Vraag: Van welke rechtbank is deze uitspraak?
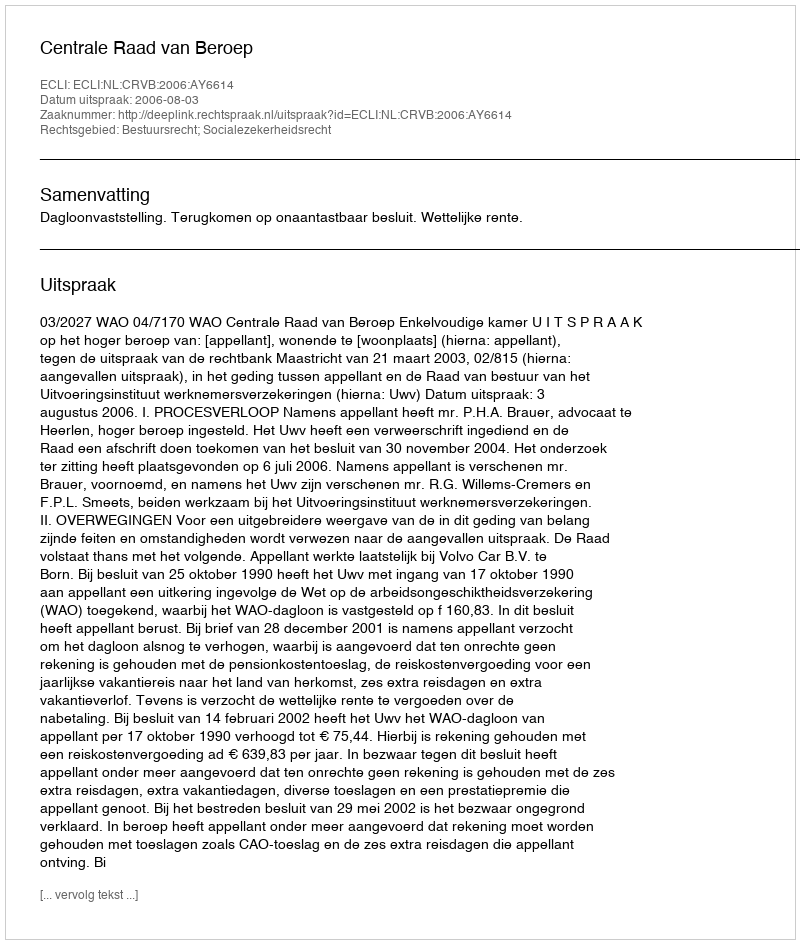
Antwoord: Centrale Raad van Beroep